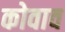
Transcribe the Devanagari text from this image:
कोवाव